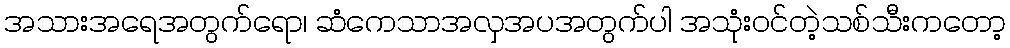
အသားအရေအတွက်ရော၊ ဆံကေသာအလှအပအတွက်ပါ အသုံးဝင်တဲ့သစ်သီးကတော့